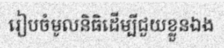
រៀបចំមូលនិធិដើម្បីជួយខ្លួនឯង